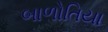
બાળોતિયા